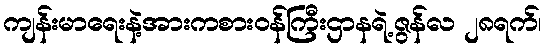
ကျန်းမာရေးနဲ့အားကစားဝန်ကြီးဌာနရဲ့ဇွန်လ ၂၈ရက်၊